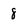
Character: 8